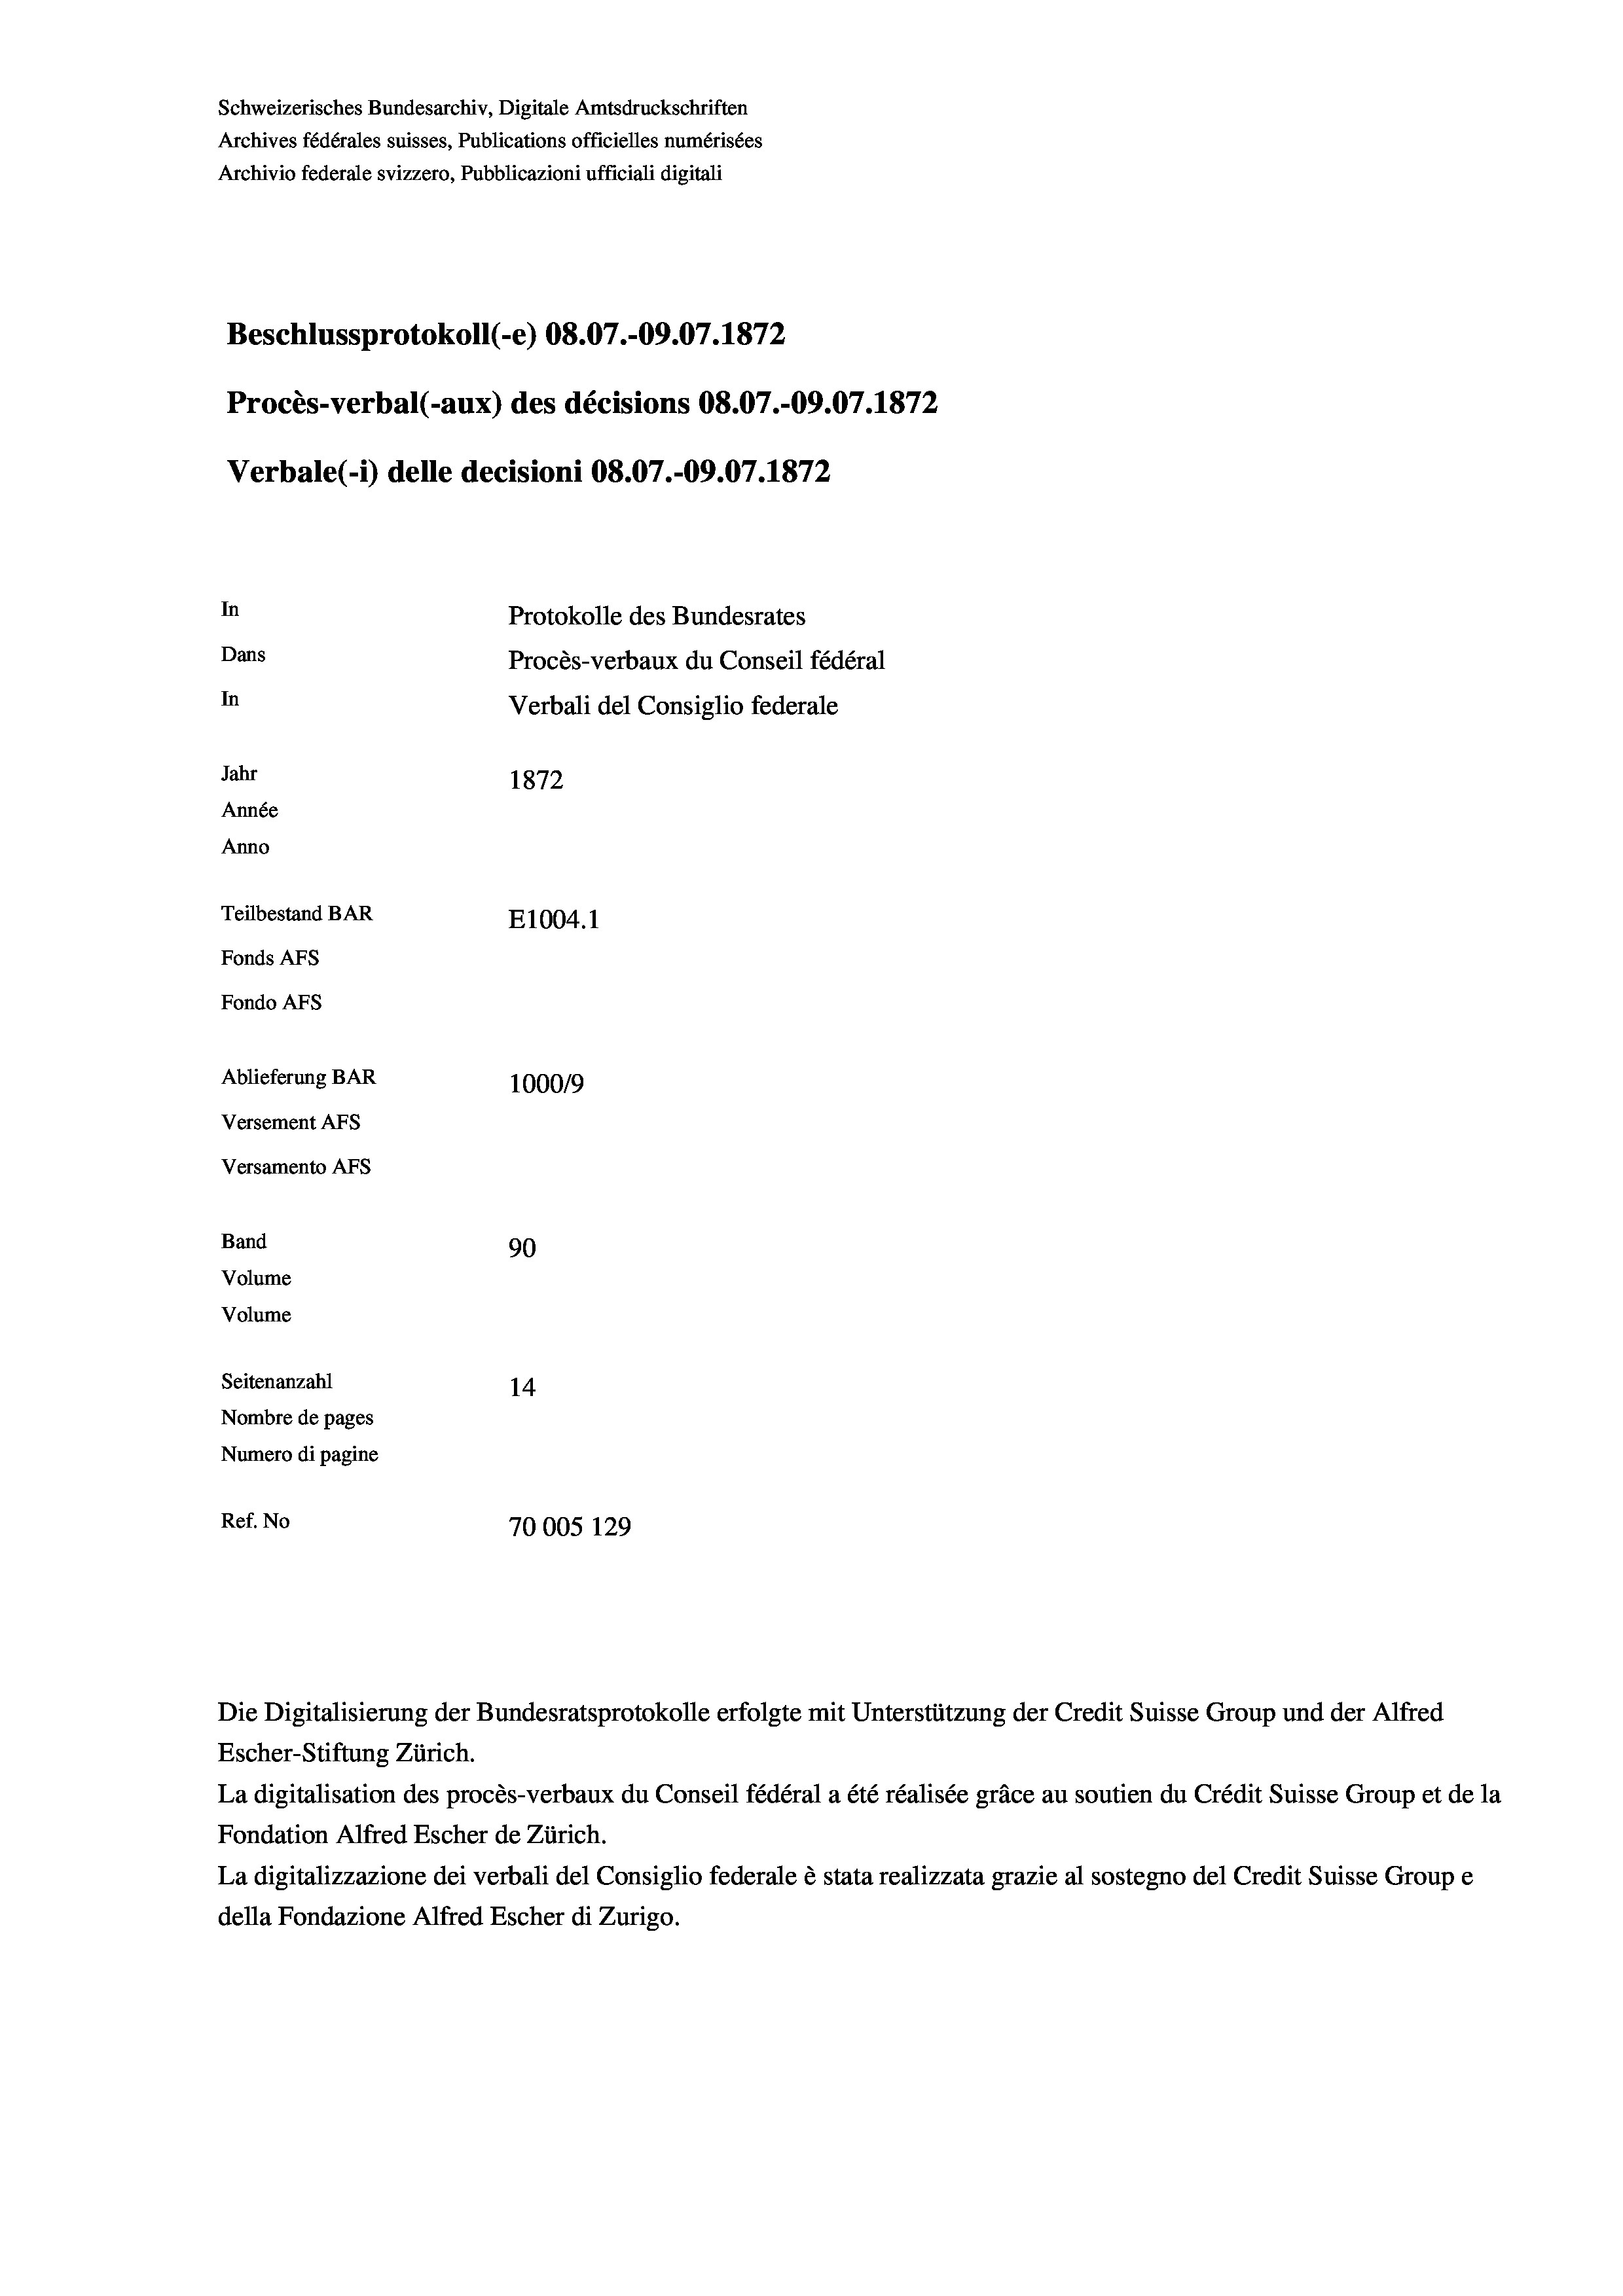
Schweizerisches Bundesarchiv, Digitale Amtsdruckschriften
Archives fédérales suisses, Publications officielles numérisées
Archivio federale svizzero, Pubblicazioni ufficiali digitali
Beschlussprotokoll (e) 08.07.-09.07. 1872
Procès-verbal (-aux) des décisions 08.07.-09.07. 1872
Verbale (1) delle decisioni 08.07.-09.07. 1872
In
Protokolle des Bundesrates
Dans
Procès-verbaux du Conseil fédéral
In
Verbali del Consiglio federale
Jahr
1872
Année
Anno
Teilbestand BAR
E1004. 1
Fonds AFs
Fondo Afs
Ablieferung BAR
100019
Versement AFs
Versamento AFs
Band
90
Volume
Volume
Seitenanzahl
14
Nombre de pages
Numero di pagine
Ref. No
70005 129

La digitalisation des procès-verbaux du Conseil fédéral a été réalisée gräce au soutien du Crédit Suisse Group et de la
Fondation Alfred Escher de Zürich.
La digitalizzazione dei verbali del Consiglio federale è stata realizzata grazie al sostegno del Credit Suisse Groupe
della Fondazione Alfred Escher di Zurigo.

Die Digitalisierung der Bundesratsprotokolle erfolgte mit Unterstützung der Credit Suisse Group und der Alfred
Escher-Stiftung Zürich.